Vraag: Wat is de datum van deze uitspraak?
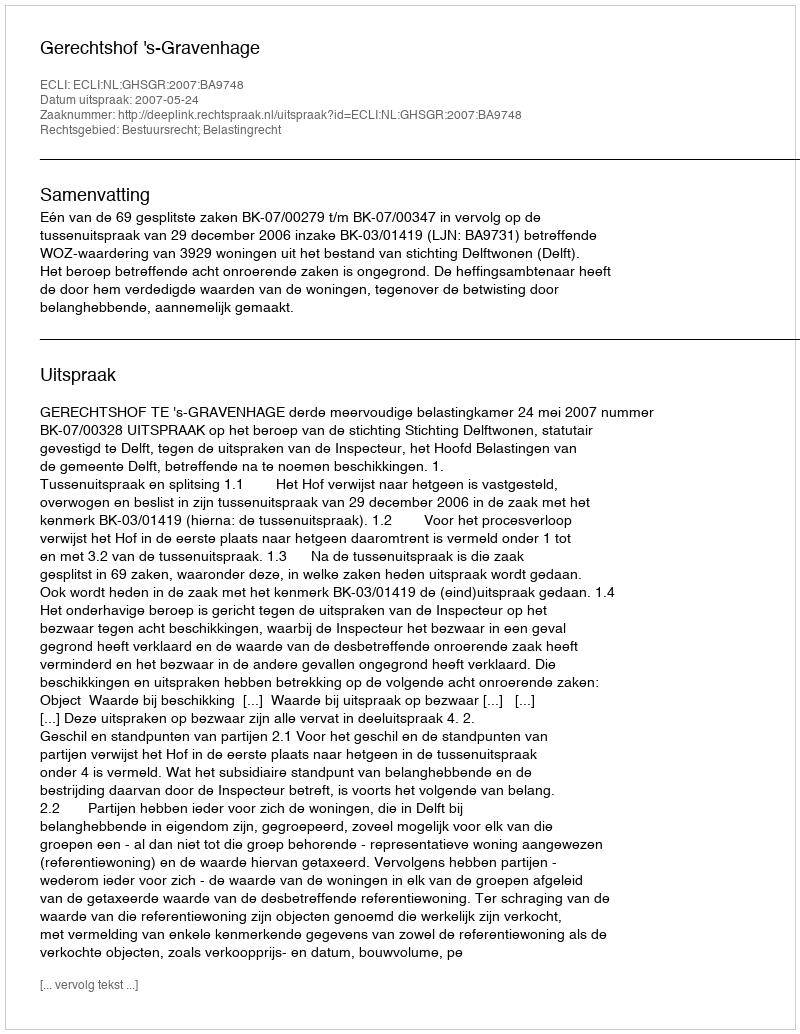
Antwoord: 2007-05-24